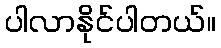
ပါလာနိုင်ပါတယ်။